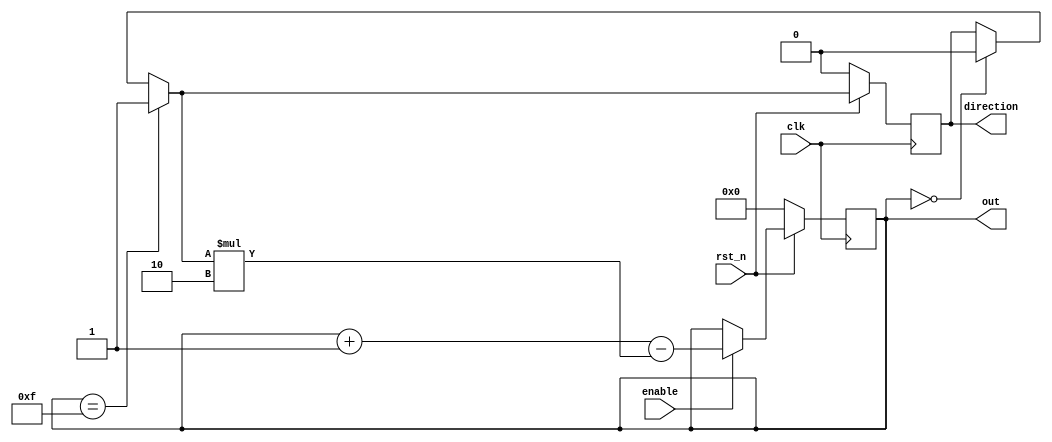
`timescale 1ns/1ps

module Ping_Pong_Counter (clk, rst_n, enable, direction, out);
input clk, rst_n;
input enable;
output direction;
output [4-1:0] out;
reg [4-1:0] cnt, nx_cnt;
reg dir, nx_dir;


assign out = cnt;
assign direction = dir;

always @(posedge clk) begin
    if (!rst_n) begin
        cnt <= 0;
        dir <= 1'b0;
    end else begin
        cnt <= nx_cnt;
        dir <= nx_dir;
    end
end

always @(*) begin
    if (enable)
        nx_cnt = cnt + 1 - nx_dir * 2;
    else
        nx_cnt = cnt;    
end    

always @(*) begin
    if (cnt == 15)
        nx_dir = 1;
    else if (cnt == 0)
        nx_dir = 0;
    else
        nx_dir = dir;
end

endmodule